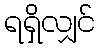
ရရှိလျှင်